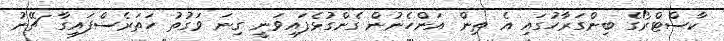
ކާސްޓްރޯގެ ބިންގަރާހުގައި އެ ތިން އަންހެނުން ގެންގުޅެފައިވަނީ ގިނަ ވަގުތު ހަތަރެސްފައިގާ ޗޭނު